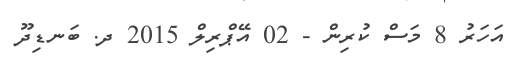
އަހަރު 8 މަސް ކުރިން - 02 އޭޕްރިލް 2015 ދ. ބަނޑިދޫ